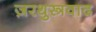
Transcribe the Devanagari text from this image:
ज़रथुस्त्रवाद